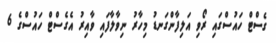
ގެސްޓް ހައުސްގައި ރޯވި އަލިފާންގަނޑު މިހާރު ނިވާލާފައި ވާއިރު އެގެސްޓް ހައުސްގެ 6